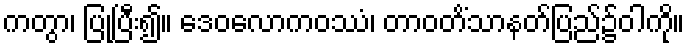
ကတွာ၊ ပြုပြီး၍။ ဒေဝလောကဝဿံ၊ တာဝတိံသာနတ်ပြည်၌ဝါကို။